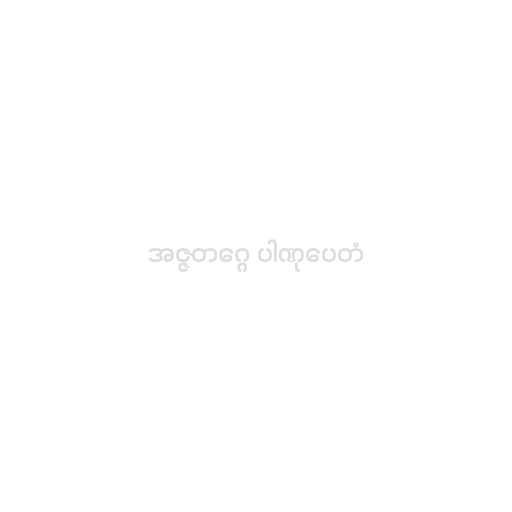
အဇ္ဇတဂ္ဂေ ပါဏုပေတံ